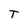
Character: T